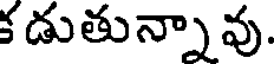
క డుతున్నావు.